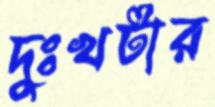
দুঃখটার